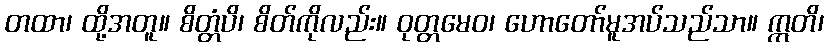
တထာ၊ ထို့အတူ။ စိတ္တံပိ၊ စိတ်ကိုလည်း။ ဝုတ္တမေဝ၊ ဟောတော်မူအပ်သည်သာ။ ဣတိ၊